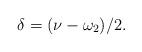
LaTeX: \begin{align*} \delta = (\nu - \omega_2)/2.\end{align*}